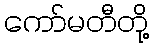
ကော်မတီတို့